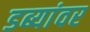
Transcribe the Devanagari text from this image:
डब्यांवर